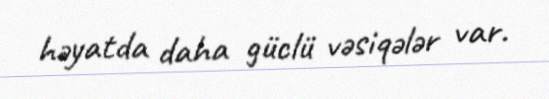
həyatda daha güclü vəsiqələr var.